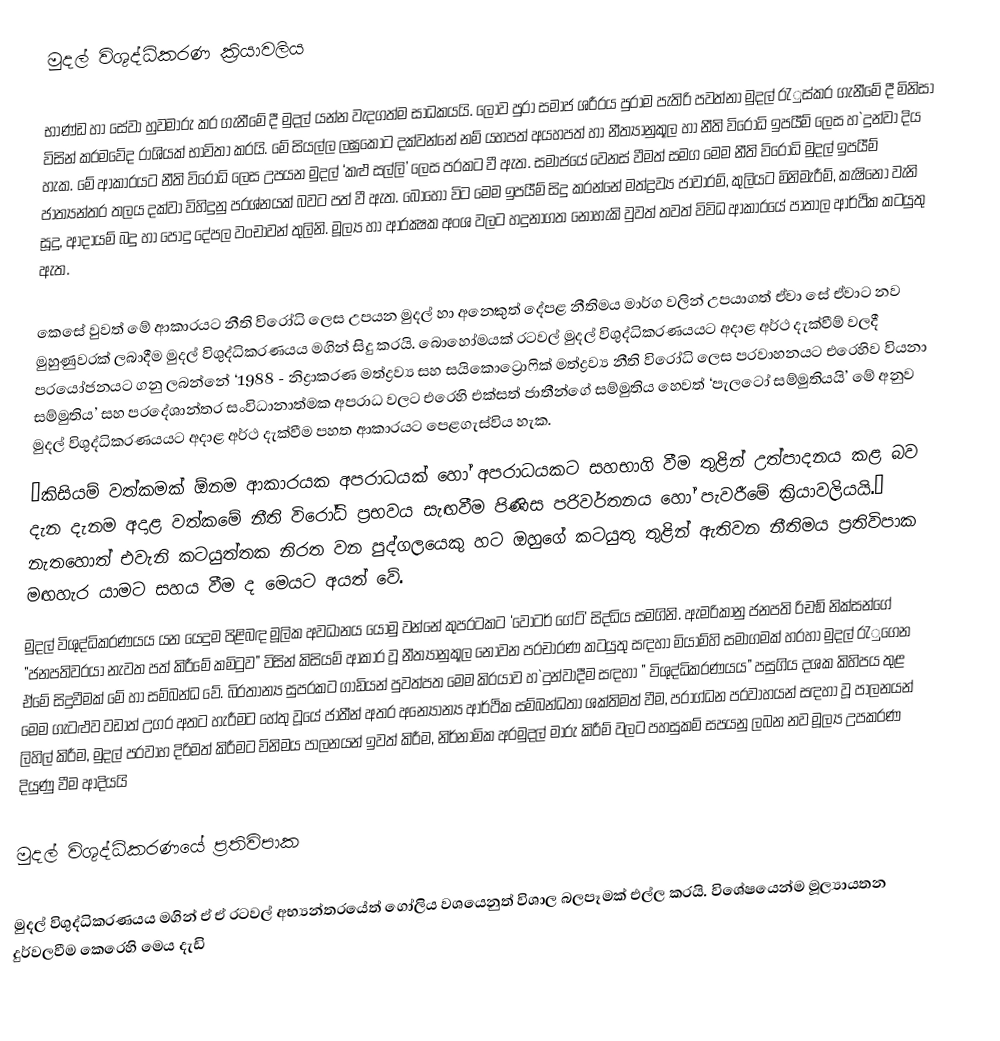
මුදල් විශුද්ධිකරණ ක‍්‍රියාවලිය

භාණ්ඩ හා සේවා හුවමාරු කර ගැනීමේ දී මුදල් යන්න වැදගත්ම සාධකයයි. ලොව පුරා සමාජ ශරීරය පුරාම පැතිරි පවත්නා මුදල් රැුස්කර ගැනීමේ දී මිනිසා විසින් ක‍්‍රමවේද රාශියක් භාවිතා කරයි. මේ සියල්ල ලඝුකොට දක්වන්නේ නම් යහපත් අයහපත් හා නීත්‍යානුකූල හා නීති විරෝධි ඉපයීම් ලෙස හ`දුන්වා දිය හැක. මේ ආකාරයට නීති විරෝධි ලෙස උපයන මුදල් ‘කළු සල්ලි’ ලෙස ප‍්‍රකට වී ඇත. සමාජයේ වෙනස් වීමත් සමග මෙම නීති විරෝධි මුදල් ඉපයීම් ජාත්‍යන්තර තලය දක්වා විහිදුනු ප‍්‍රශ්නයක් බවට පත් වී ඇත. බොහෝ විට මෙම ඉපයීම් සිදු කරන්නේ මත්ද්‍රව්‍ය ජාවාරම්, කුලියට මිනිමැරීම්, කැෂිනෝ වැනි සූදු, ආදායම් බදු හා පොදු දේපල වංචාවන් තුලිනි. මූල්‍ය හා ආරක්‍ෂක අංශ වලට හදුනාගත නොහැකි වුවත් තවත් විවිධ ආකාරයේ පාතාල ආර්ථික කටයුතු ඇත.

කෙසේ වුවත් මේ ආකාරයට නීති විරෝධි ලෙස උපයන මුදල් හා අනෙකුත් දේපළ නීතිමය මාර්ග වලින් උපයාගත් ඒවා සේ ඒවාට නව මුහුණුවරක් ලබාදීම මුදල් විශුද්ධිකරණයය මගින් සිදු කරයි. බොහෝමයක් රටවල් මුදල් විශුද්ධිකරණයයට අදාළ අර්ථ දැක්වීම් වලදී ප‍්‍රයෝජනයට ගනු ලබන්නේ ‘1988 - නිද්‍රාකරණ මත්ද්‍රව්‍ය සහ සයිකොට්‍රොෆික් මත්ද්‍රව්‍ය නීති විරෝධි ලෙස ප‍්‍රවාහනයට එරෙහිව වියනා සම්මුතිය’ සහ පරදේශාන්තර සංවිධානාත්මක අපරාධ වලට එරෙහි එක්සත් ජාතීන්ගේ සම්මුතිය හෙවත් ‘පැලටෝ සම්මුතියයි’ මේ අනුව මුදල් විශුද්ධිකරණයයට අදාළ අර්ථ දැක්වීම පහත ආකාරයට පෙළගැස්විය හැක.
”කිසියම් වත්කමක්  ඕනම ආකාරයක අපරාධයක් හෝ අපරාධයකට සහභාගි වීම තුළින් උත්පාදනය කළ බව දැන දැනම අදාළ වත්කමේ නීති විරෝධි ප‍්‍රභවය සැඟවීම පිණිස පරිවර්තනය හෝ පැවරීමේ ක‍්‍රියාවලියයි.” නැතහොත් එවැනි කටයුත්තක නිරත වන පුද්ගලයෙකු හට ඔහුගේ කටයුතු තුළින් ඇතිවන නීතිමය ප‍්‍රතිවිපාක මඟහැර යාමට සහය වීම ද මෙයට අයත් වේ.
මුදල් විශුද්ධිකරණයය යන යෙදුම පිළිබඳ මූලික අවධානය යොමු වන්නේ කුප‍්‍රටකට ‘වෝටර් ගේට්’ සිද්ධිය සමගිනි. ඇමරිකානු ජනපති රිචඞ් නික්සන්ගේ ”ජනපතිවරයා නැවත පත් කිරීමේ කමිටුව” විසින් කිසියම් ආකාර වූ නීත්‍යානුකූල නොවන ප‍්‍රචාරණ කටයුතු සඳහා මියාම්හි සමාගමක් හරහා මුදල් රැුගෙන ඒමේ සිදුවීමක් මේ හා සම්බන්ධ වේ. බි‍්‍රතාන්‍ය සුප‍්‍රකට ගාඩියන් පුවත්පත මෙම කි‍්‍රයාව හ`දුන්වාදීම සඳහා ” විශුද්ධිකරණයය” පසුගිය දශක කිහිපය තුළ මෙම ගැටළුව වඩාත් උග‍්‍ර අතට හැරීමට හේතු වූයේ ජාතීන් අතර අන්‍යෝන්‍ය ආර්ථික සම්බන්ධතා ශක්තිමත් වීම, ප‍්‍රාග්ධන ප‍්‍රවාහයන් සඳහා වූ පාලනයන් ලිහිල් කිරීම, මුදල් ප‍්‍රවාහ දිරිමත් කිරීමට විනිමය පාලනයන් ඉවත් කිරීම, නිර්නාමික අරමුදල් මාරු කිරීම් වලට පහසුකම් සපයනු ලබන නව මූල්‍ය උපකරණ දියුණු වීම ආදියයි

මුදල් විශුද්ධිකරණයේ ප‍්‍රතිවිපාක

මුදල් විශුද්ධිකරණයය මගින් ඒ ඒ රටවල් අභ්‍යන්තරයේත් ගෝලිය වශයෙනුත් විශාල බලපෑමක් එල්ල කරයි. විශේෂයෙන්ම මූල්‍යායතන දුර්වලවීම කෙරෙහි මෙය දැඩි